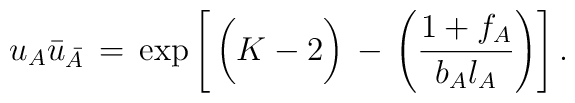
u_A \bar{u}_{\bar{A}}\,=\,\exp \left[\,\bigg(K-2 \bigg)\,-\,\left( {1+f_{A}\over b_{A}\l_{A}} \right) \right] .